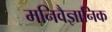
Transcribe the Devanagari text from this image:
मनिवैज्ञानिक